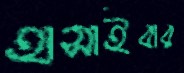
হাসাইবার